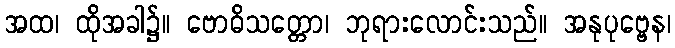
အထ၊ ထိုအခါ၌။ ဗောဓိသတ္တော၊ ဘုရားလောင်းသည်။ အနုပုဗ္ဗေန၊